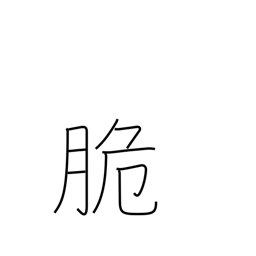
Meaning: easy to beat